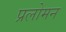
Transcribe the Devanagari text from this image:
प्रलोमन